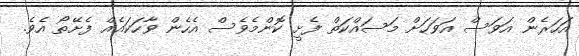
އަހަރެން އަވަސް އަވަހަށް މަސައްކަތް ފެށީ ކޮންމެވެސް އެހެން ވާހަކައެއް ފެށޭތޯ އެވެ.